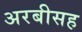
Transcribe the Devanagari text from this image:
अरबीसह